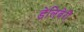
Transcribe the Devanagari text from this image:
डेलिवेरी